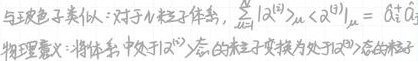
与厄密子类以：对于小粒子体系，$\frac{\hbar}{i}\left\langle\alpha^{(2)}\left|\mu_{i}\right| \alpha^{(1)}\right\rangle=\dot{\alpha}_{k}^{(2)} \dot{\alpha}_{k}^{(1)}$
物理意义：将体系中处于$\left|\alpha^{(1)}\right\rangle$态的粒子变换为处于$\left|\alpha^{(2)}\right\rangle$态的粒子。